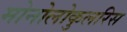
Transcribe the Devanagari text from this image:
मोनोलोकुलरिस